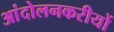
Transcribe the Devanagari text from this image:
आंदोलनकरीयों